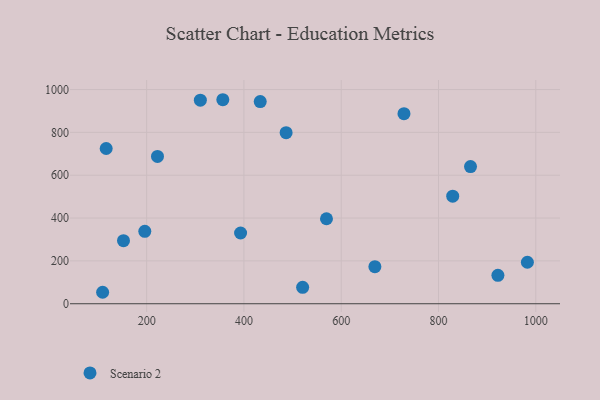
{"axis": {"x": "Ad Spend", "y": "Salary"}, "legend": ["Scenario 2"], "data": [{"x": "310.4", "y": 950.2, "type": "Scenario 2"}, {"x": "865.8", "y": 640.3, "type": "Scenario 2"}, {"x": "356.6", "y": 952.4, "type": "Scenario 2"}, {"x": "982.7", "y": 193.6, "type": "Scenario 2"}, {"x": "152.4", "y": 294.6, "type": "Scenario 2"}, {"x": "109.5", "y": 53.5, "type": "Scenario 2"}, {"x": "520.7", "y": 76.7, "type": "Scenario 2"}, {"x": "222.3", "y": 687.6, "type": "Scenario 2"}, {"x": "486.7", "y": 798.4, "type": "Scenario 2"}, {"x": "829.2", "y": 502.2, "type": "Scenario 2"}, {"x": "116.8", "y": 724.6, "type": "Scenario 2"}, {"x": "433.5", "y": 943.6, "type": "Scenario 2"}, {"x": "669.2", "y": 173.1, "type": "Scenario 2"}, {"x": "729.0", "y": 887.5, "type": "Scenario 2"}, {"x": "569.7", "y": 396.7, "type": "Scenario 2"}, {"x": "922.1", "y": 132.8, "type": "Scenario 2"}, {"x": "393.1", "y": 330.2, "type": "Scenario 2"}, {"x": "196.2", "y": 338.2, "type": "Scenario 2"}]}